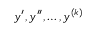
y ^ { \prime } , y ^ { \prime \prime } , \ldots , y ^ { ( k ) }